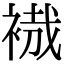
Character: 𧚶